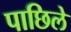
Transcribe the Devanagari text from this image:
पाछिले